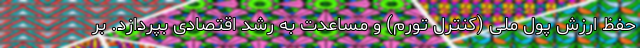
حفظ ارزش پول ملی (کنترل تورم) و مساعدت به رشد اقتصادی بپردازد. بر